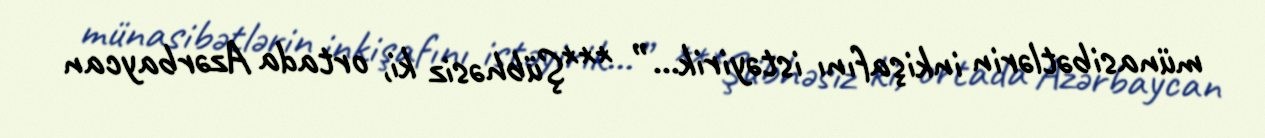
münasibətlərin inkişafını istəyirik...” ***Şübhəsiz ki, ortada Azərbaycan